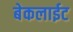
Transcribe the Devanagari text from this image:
बेकलाईट